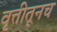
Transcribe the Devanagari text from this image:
वृत्तीतूनच